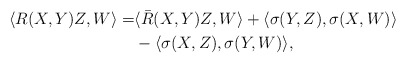
\begin{align*}\langle R(X,Y)Z,W\rangle=&\langle\bar R(X,Y)Z,W\rangle+\langle\sigma(Y,Z),\sigma(X,W)\rangle\\&-\langle\sigma(X,Z),\sigma(Y,W)\rangle,\end{align*}